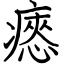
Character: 瘱